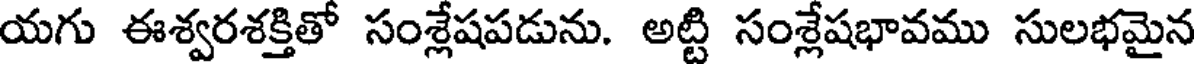
యగు ఈశ్వరశక్తితో సంశ్లేషపడును. అట్టి సంశ్లేషభావము సులభమైన